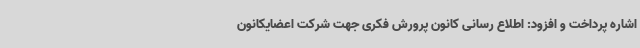
اشاره پرداخت و افزود: اطلاع رسانی کانون پرورش فکری جهت شرکت اعضایکانون